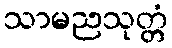
သာမညသုတ္တံ